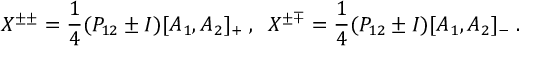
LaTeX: X ^ { \pm \pm } = \frac { 1 } { 4 } ( P _ { 1 2 } \pm I ) [ A _ { 1 } , A _ { 2 } ] _ { + } \; , \; \; X ^ { \pm \mp } = \frac { 1 } { 4 } ( P _ { 1 2 } \pm I ) [ A _ { 1 } , A _ { 2 } ] _ { - } \; .